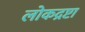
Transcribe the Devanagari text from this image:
लोकद्रष्टा